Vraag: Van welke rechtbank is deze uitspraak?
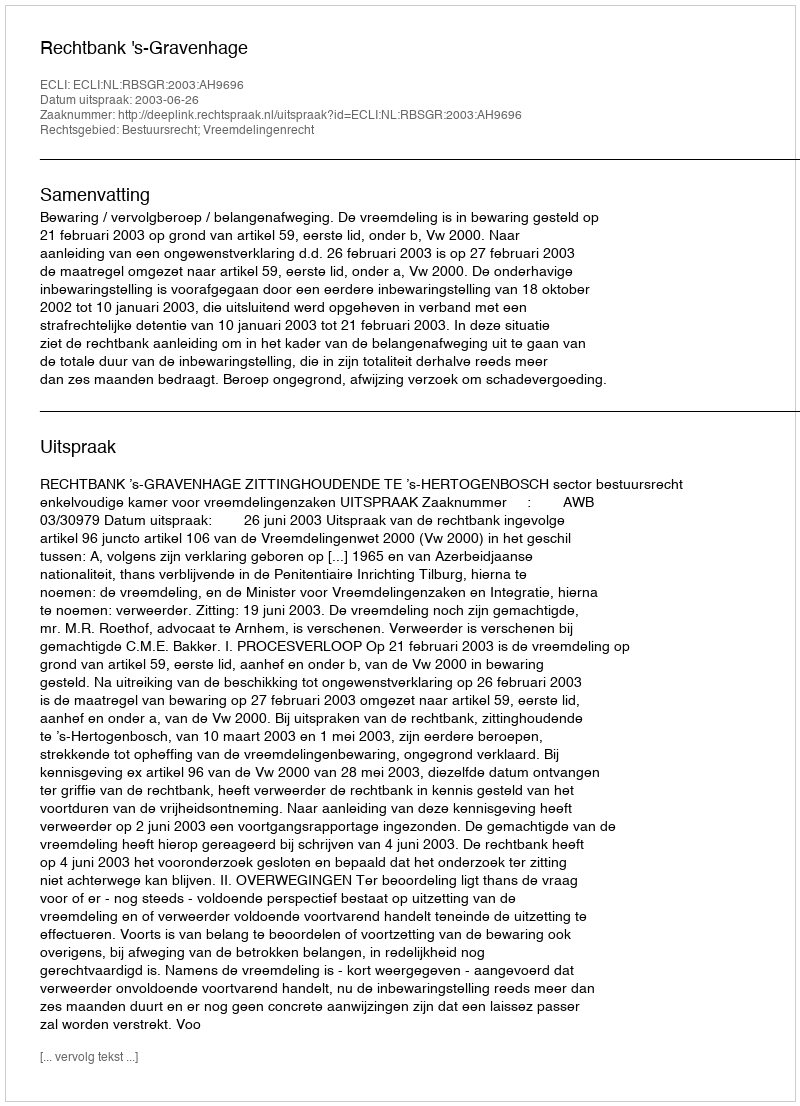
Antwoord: Rechtbank 's-Gravenhage